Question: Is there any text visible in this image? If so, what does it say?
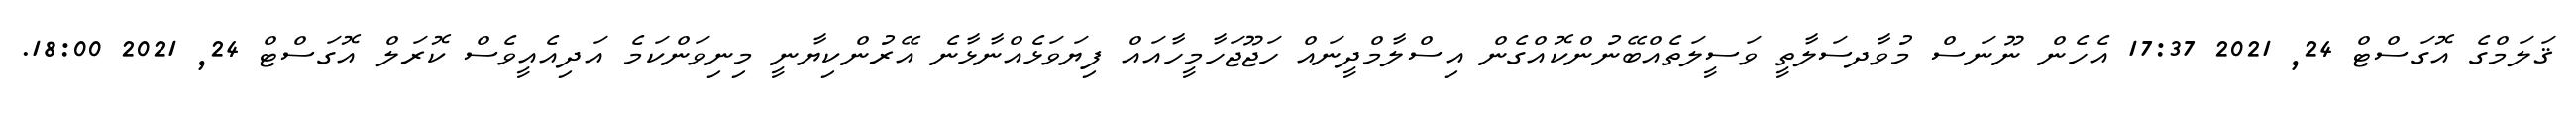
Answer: ޤަލަމްގެ އޮގަސްޓް 24, 2021 17:37 އެހެން ނޫނަސް މުވާދސަލާތީ ވަސީލަތެއްބޭނުންކޮއްގެން އިސްލާމްދީނައް ހަޖޫޖަހާމީހާއައް ފިޔަވަޅެއްނާޅާނެ އޭރުންކިޔާނީ މިނިވަންކަމެ އަދިއެއީވެސް ކޮރަލް އޮގަސްޓް 24, 2021 18:00.